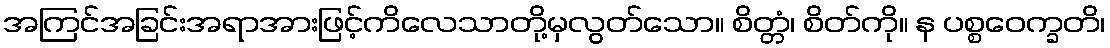
အကြင်အခြင်းအရာအားဖြင့်ကိလေသာတို့မှလွတ်သော။ စိတ္တံ၊ စိတ်ကို။ န ပစ္စဝေက္ခတိ၊